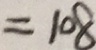
= 1 0 8